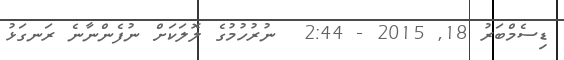
ޑިސެމްބަރު 18